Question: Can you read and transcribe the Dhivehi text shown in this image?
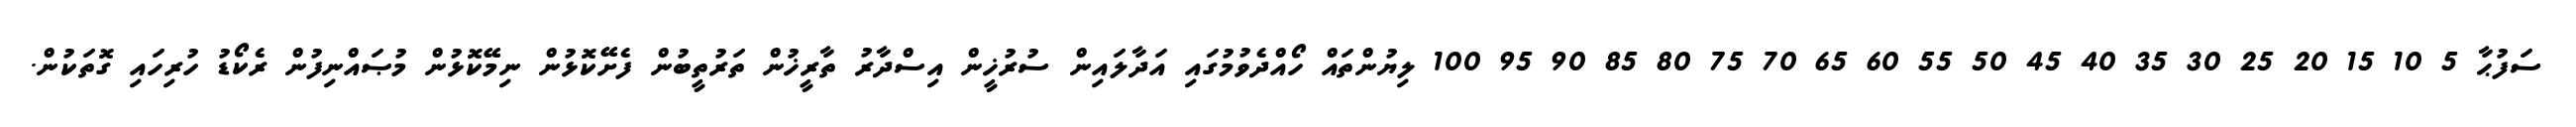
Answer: ސަފުޙާ 5 10 15 20 25 30 35 40 45 50 55 60 65 70 75 80 85 90 95 100 ލިޔުންތައް ހޯއްދެވުމުގައި އަދާލައިން ސުރުޚީން އިސްދާރު ތާރީޚުން ތަރުތީބުން ފެށޭކޮޅުން ނިމޭކޮޅުން މުޞައްނިފުން ރެކޯޑު ހުރިހައި ގޮތަކުން.